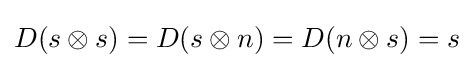
D(s\otimes s)=D(s\otimes n)=D(n\otimes s)=s